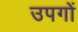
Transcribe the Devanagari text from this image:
उपगों